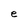
Character: e